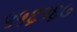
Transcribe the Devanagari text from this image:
५५६१६७